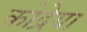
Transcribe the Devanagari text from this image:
कोद्रेया